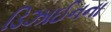
ડિઝાઈનના